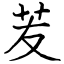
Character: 苃